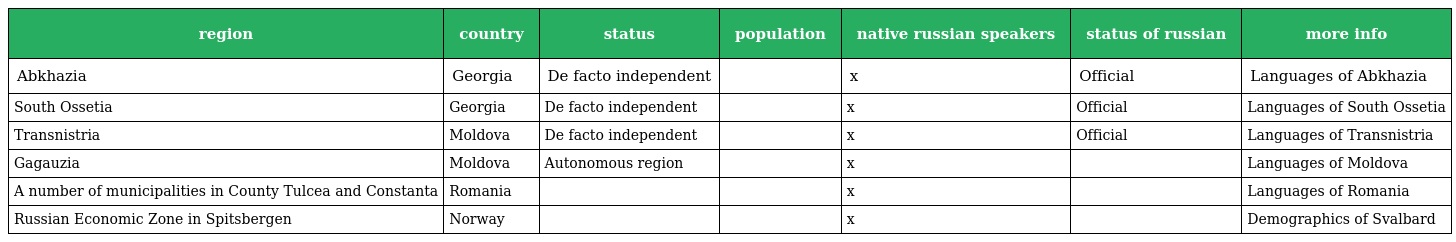
| region | country | status | population | native russian speakers | status of russian | more info |
 | --- | --- | --- | --- | --- | --- | --- |
 | Abkhazia | Georgia | De facto independent |  | x | Official | Languages of Abkhazia |
 | South Ossetia | Georgia | De facto independent |  | x | Official | Languages of South Ossetia |
 | Transnistria | Moldova | De facto independent |  | x | Official | Languages of Transnistria |
 | Gagauzia | Moldova | Autonomous region |  | x |  | Languages of Moldova |
 | A number of municipalities in County Tulcea and Constanta | Romania |  |  | x |  | Languages of Romania |
 | Russian Economic Zone in Spitsbergen | Norway |  |  | x |  | Demographics of Svalbard |